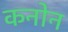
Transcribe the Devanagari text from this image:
कनोन